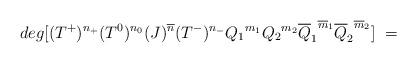
LaTeX: \begin{align*}deg [(T^+)^{n_+} (T^0)^{n_0}(J)^{\overline{n}}(T^-)^{n_-}{Q_1}^{m_1}{Q_2}^{m_2}{\overline{Q}_1}^{\overline{m}_1}{\overline{Q}_2}^ {\overline{m}_2} ] \ =\end{align*}